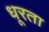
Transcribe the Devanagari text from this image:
धूरता